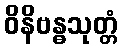
ဝိနိဗန္ဓသုတ္တံ